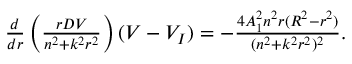
\begin{array} { r } { \frac { d } { d r } \left( \frac { r D V } { n ^ { 2 } + k ^ { 2 } r ^ { 2 } } \right) ( V - V _ { I } ) = - \frac { 4 A _ { 1 } ^ { 2 } n ^ { 2 } r ( R ^ { 2 } - r ^ { 2 } ) } { ( n ^ { 2 } + k ^ { 2 } r ^ { 2 } ) ^ { 2 } } . } \end{array}